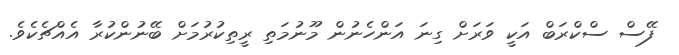
ފޭސް ސްކްރަބް އަކީ ވަރަށް ގިނަ އަންހެނުން މޫނުމަތި ރީތިކުރުމަށް ބޭނުންކުރާ އެއްޗެކެވެ.